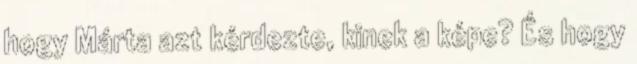
hogy Márta azt kérdezte, kinek a képe? És hogy